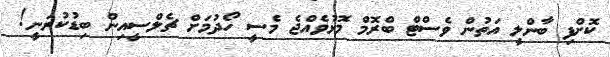
ކޮށްފި ބާންލީ އަތުން ވެސްޓް ބްރޮމް މޮޅުވެއްޖެ މެސީ ހޯދުމަށް ޗެލްސީއިން ބިޑުކުރަނީ!